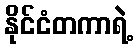
နိုင်ငံတကာရဲ့